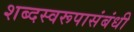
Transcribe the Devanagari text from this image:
शब्दस्वरूपासंबंधी